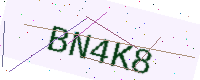
Text: BN4K8